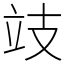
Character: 攱